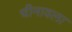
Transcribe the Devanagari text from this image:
चीनावला